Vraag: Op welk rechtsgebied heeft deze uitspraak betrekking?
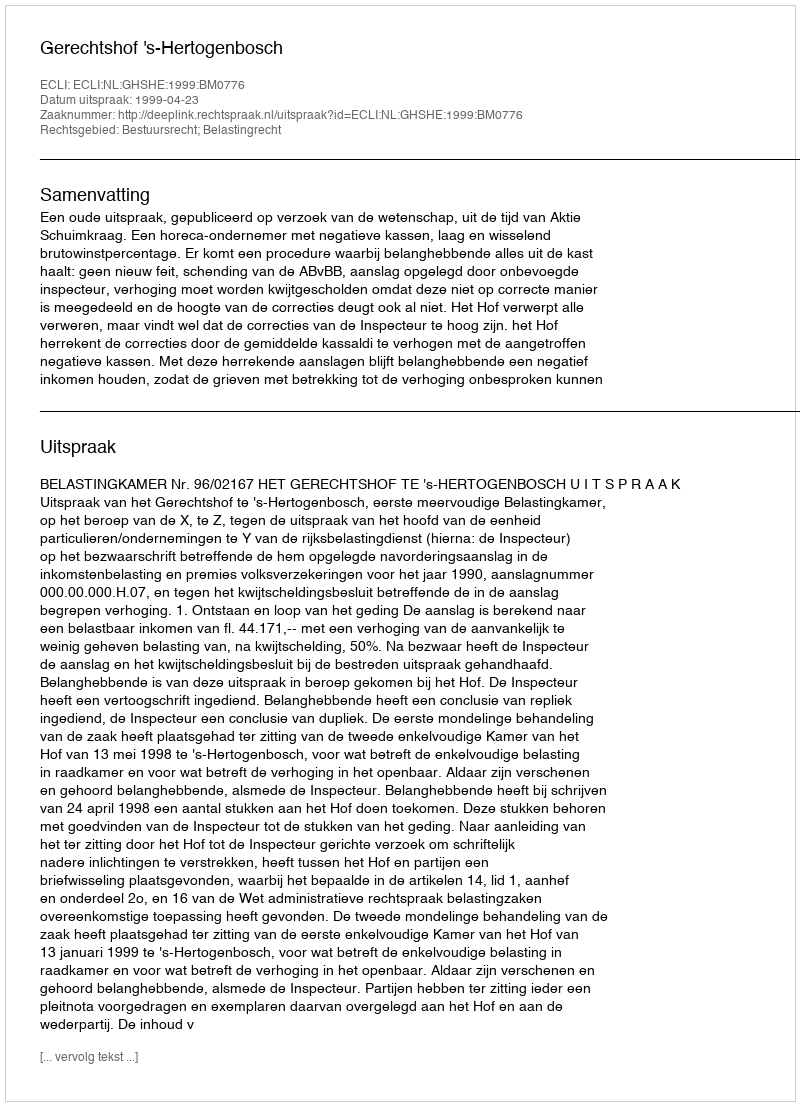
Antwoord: Bestuursrecht; Belastingrecht